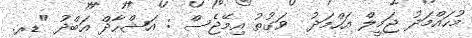
މުހައްމަދު ޖަމީލް އަހްމަދު  ވަގުތު އިމޭޖެސް : އަޝްހާދް އަބްދު "ޑރ.